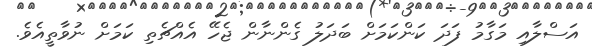
އަސްލާއި މަގާމު ފަދަ ކަންކަމަށް ބަދަލު ގެންނާން ޖެހޭ އެއްޗެތި ކަމަށް ނުވާތީއެވެ.